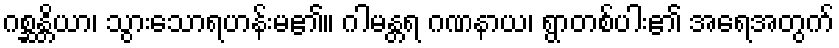
ဂစ္ဆန္တိယာ၊ သွားသောရဟန်းမ၏။ ဂါမန္တရ ဂဏနာယ၊ ရွာတစ်ပါး၏ အရေအတွက်